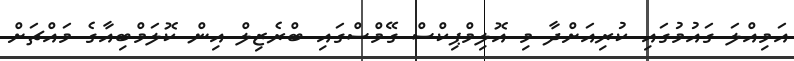
އަމިއްލަ ގައުމުގައި ކުރިއަށްދާ މި އޮލިމްޕިކްސް ގޭމްސްގައި ބްރެޒިލް އިން ކޮލަމްބިއާގެ މައްޗަށް